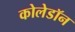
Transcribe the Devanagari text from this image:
कोलेडॉन